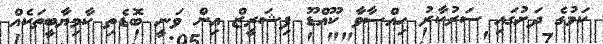
ކަމުގެ ދަށުގައި ސަރުކާރު ހިއްސާވާ ކޫއްޑޫ ފިޝަރީޒް އިން ވަނީ ބޮޑެތި ކާމިޔާބީތަކެއް